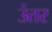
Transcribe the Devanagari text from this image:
उंतर